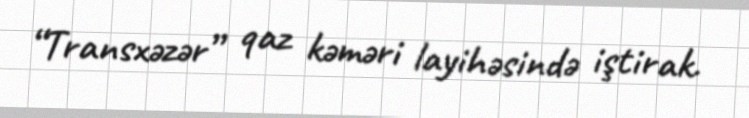
“Transxəzər” qaz kəməri layihəsində iştirak.